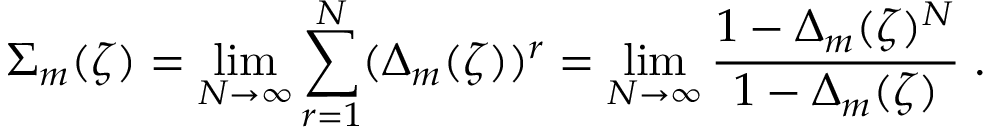
\Sigma _ { m } ( \zeta ) = \operatorname * { l i m } _ { N \rightarrow \infty } \sum _ { r = 1 } ^ { N } ( \Delta _ { m } ( \zeta ) ) ^ { r } = \operatorname * { l i m } _ { N \rightarrow \infty } { \frac { 1 - \Delta _ { m } ( \zeta ) ^ { N } } { 1 - \Delta _ { m } ( \zeta ) } } \; .